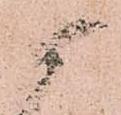
候